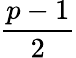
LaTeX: \frac{p-1}{2}